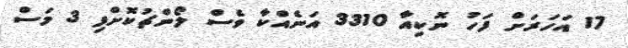
17 އަހަރަށް ފަހު ނޮކިއާ 3310 އަނެއްކާ ވެސް ލޯންޗުކޮށްފި 3 މަސް